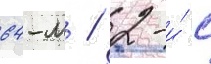
64-м / 2-и́ с